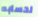
لحسابه